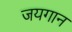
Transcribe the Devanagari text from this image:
जयगान